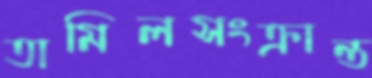
তামিলসংক্রান্ত